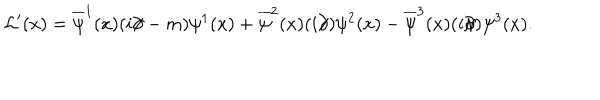
{ \cal L } ^ { \prime } ( x ) = \overline { { { \psi } } } ^ { 1 } ( x ) ( i \partial \! \! \! / - m ) \psi ^ { 1 } ( x ) + \overline { { { \psi } } } ^ { 2 } ( x ) ( i \partial \! \! \! / ) \psi ^ { 2 } ( x ) - \overline { { { \psi } } } ^ { 3 } ( x ) ( i \partial \! \! \! / ) \psi ^ { 3 } ( x ) .